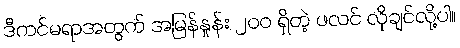
ဒီကင်မရာအတွက် အမြန်နှုန်း ၂၀၀ ရှိတဲ့ ဖလင် လိုချင်လို့ပါ။